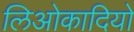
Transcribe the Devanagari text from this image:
लिओकादियो